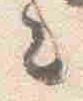
々